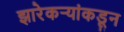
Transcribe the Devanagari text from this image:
झारेकऱ्यांकडून